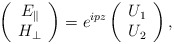
\begin{align*}\left(\begin{array}{c} E_{\parallel}\\H_{\perp} \end{array}\right) = e^{ipz} \left(\begin{array}{c} U_1\\U_2 \end{array}\right),\end{align*}